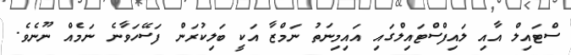
ސްޓައިލް އާއި ލައިފްސްޓައިލްގައި އައިމިނަތު ނަމްޒާ އަކީ ބަލިކުރަން ފަސޭހަވާނެ ނަމެއް ނޫނެވެ.